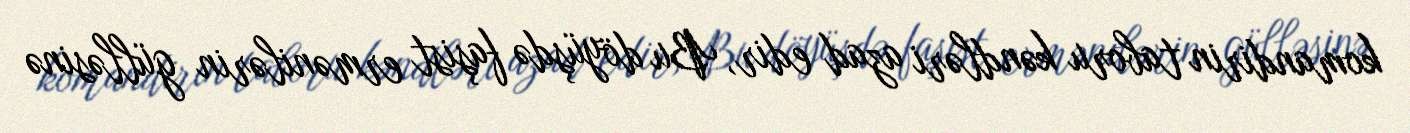
komandirin taboru kəndləri azad edir, Bu döyüşdə faşist ermənilərin gülləsinə